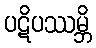
ပဋိပဿမ္ဘိ